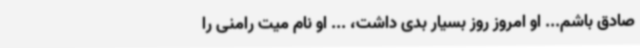
صادق باشم... او امروز روز بسیار بدی داشت، ... او نام میت رامنی را